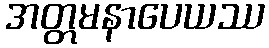
အတ္တမနာပေယဿ